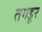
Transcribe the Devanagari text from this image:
तगडूर